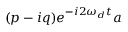
( p - i q ) e ^ { - i 2 \omega _ { d } t } a